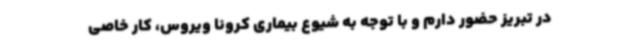
در تبریز حضور دارم و با توجه به شیوع بیماری کرونا ویروس، کار خاصی